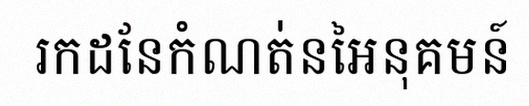
រកដែនកំណត់នៃអនុគមន៍